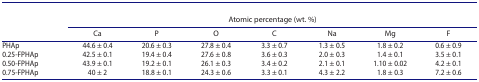
<table><thead><tr><td rowspan="2"><b> </b></td><td colspan="7"><b>Atomic percentage (wt. %)</b></td></tr><tr><td><b>Ca</b></td><td><b>P</b></td><td><b>O</b></td><td><b>C</b></td><td><b>Na</b></td><td><b>Mg</b></td><td><b>F</b></td></tr></thead><tbody><tr><td>PHAp</td><td>44.6 ± 0.4</td><td>20.6 ± 0.3</td><td>27.8 ± 0.4</td><td>3.3 ± 0.7</td><td>1.3 ± 0.5</td><td>1.8 ± 0.2</td><td>0.6 ± 0.9</td></tr><tr><td>0.25-FPHAp</td><td>42.5 ± 0.1</td><td>19.4 ± 0.4</td><td>27.6 ± 0.8</td><td>3.6 ± 0.3</td><td>2.0 ± 0.3</td><td>1.4 ± 0.1</td><td>3.5 ± 0.1</td></tr><tr><td>0.50-FPHAp</td><td>43.9 ± 0.1</td><td>19.2 ± 0.1</td><td>26.1 ± 0.3</td><td>3.4 ± 0.2</td><td>2.1 ± 0.1</td><td>1.10 ± 0.02</td><td>4.2 ± 0.1</td></tr><tr><td>0.75-FPHAp</td><td>40 ± 2</td><td>18.8 ± 0.1</td><td>24.3 ± 0.6</td><td>3.3 ± 0.1</td><td>4.3 ± 2.2</td><td>1.8 ± 0.3</td><td>7.2 ± 0.6</td></tr></tbody></table>